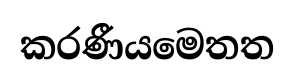
කරණීයමෙතත